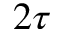
2 \tau